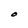
Character: O